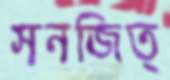
সনজিত্